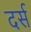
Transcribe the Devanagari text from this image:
दर्स